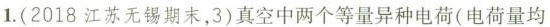
1.(2018江苏无锡期末，3)真空中两个等量异种电荷(电荷量均